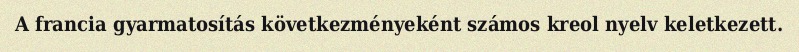
A francia gyarmatosítás következményeként számos kreol nyelv keletkezett.